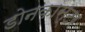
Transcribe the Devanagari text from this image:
डोनकास्टर